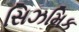
સિઝમિક